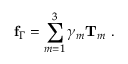
\mathbf { f } _ { \Gamma } = \sum _ { m = 1 } ^ { 3 } \gamma _ { m } \mathbf { T } _ { m } \mathrm { ~ . ~ }